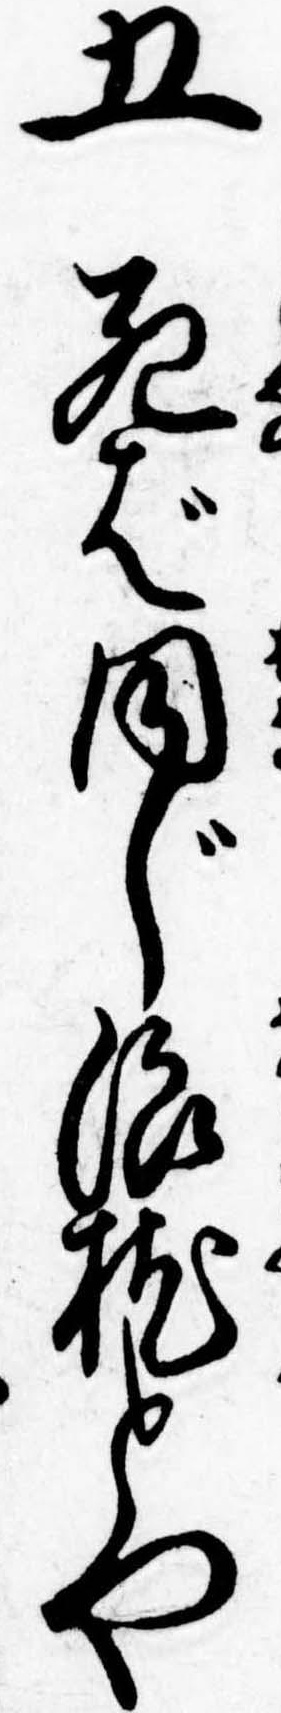
五死ば同じ浪枕とや